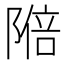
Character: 𬯑